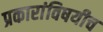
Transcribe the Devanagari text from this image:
प्रकारांविषयीच